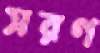
সরণ